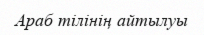
Араб тілінің айтылуы